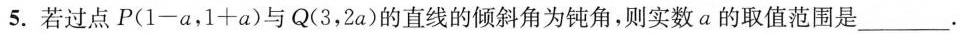
5.若过点P(1-a，1+a)与Q(3，2a)的直线的倾斜角为钝角，则实数a的取值范围是___.